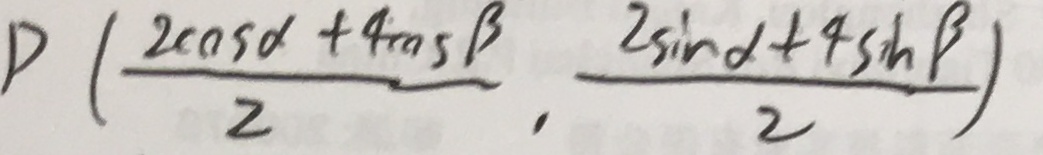
P ( \frac { 2 \cos \alpha + 4 \cos \beta } { 2 } , \frac { 2 \sin \alpha + 4 \sin \beta } { 2 } )